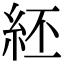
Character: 䋔